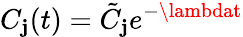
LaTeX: C_{\mathbf{j}}(t)=\tilde{{C}}_{\mathbf{j}}e^{-\lambdat}